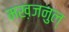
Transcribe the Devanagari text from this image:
मख़जनुल्